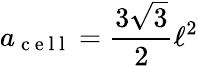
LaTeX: a_{\mathrm{~c~e~l~l~}}=\frac{3\sqrt{3}}{2}\ell^{2}